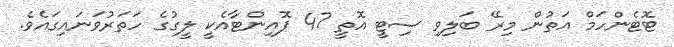
ޓޮޓެންހަމް އަތުން މިރޭ ބަލިވި ސިޓީ އޮތީ 47 ޕޮއިންޓާއެކީ ލީގުގެ ހަތަރުވަނައިގައެވެ.